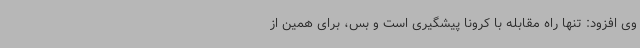
وی افزود: تنها راه مقابله با کرونا پیشگیری است و بس، برای همین از